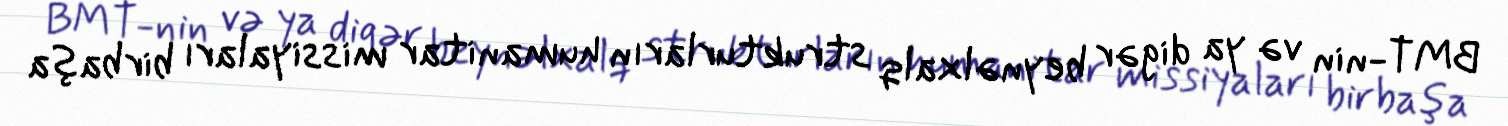
BMT-nin və ya digər beynəlxalq strukturların humanitar missiyaları birbaşa